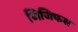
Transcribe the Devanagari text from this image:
जिजिफस